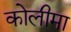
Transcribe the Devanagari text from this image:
कोलीमा